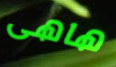
هاهى